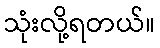
သုံးလို့ရတယ်။